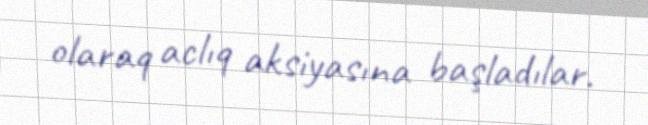
olaraq aclıq aksiyasına başladılar.